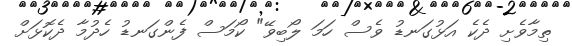
ތިމާވެށި ދެކެ އަޅުގަނޑު ވެސް ހަމަ ލޯބިވޭ" ކޯމަސް ފެންގަނޑު ހެދުމާ ދެކޮޅަށް